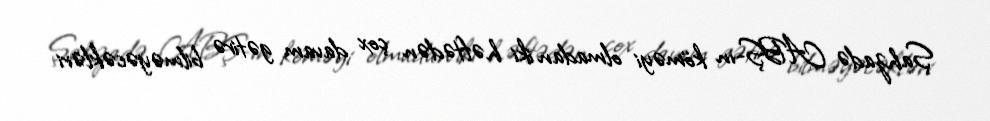
Şahzadə ABŞ-ın köməyi olmadan iki həftədən çox davam gətirə bilməyəcəkləri